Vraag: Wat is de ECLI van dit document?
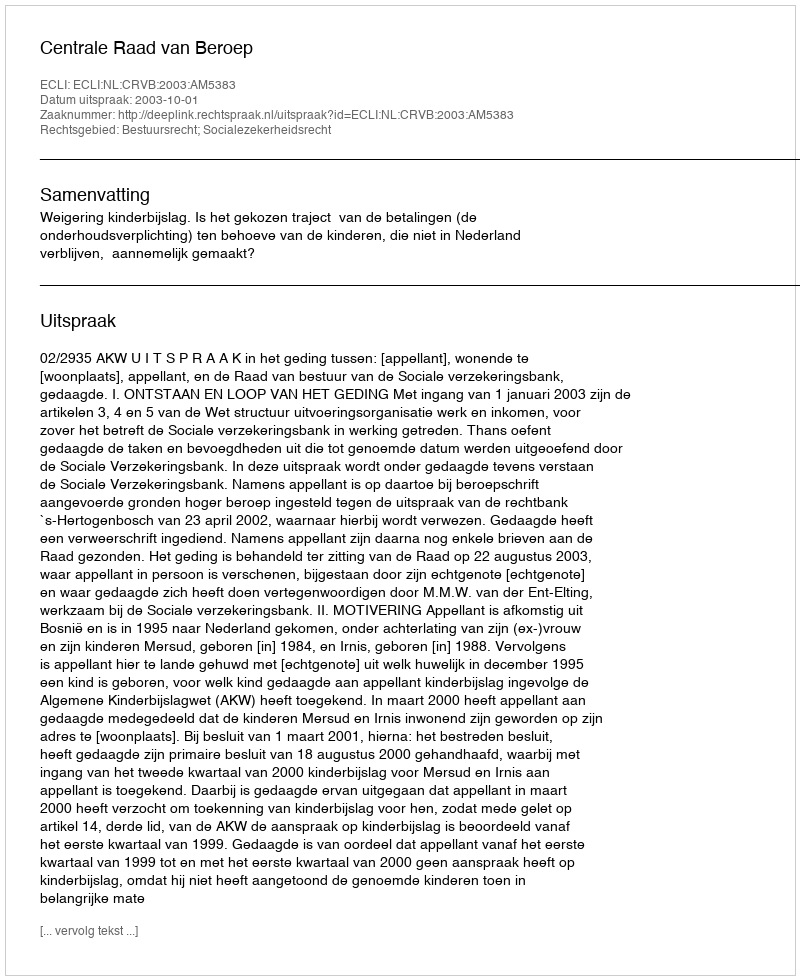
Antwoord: ECLI:NL:CRVB:2003:AM5383